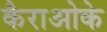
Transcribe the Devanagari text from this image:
कैराओके